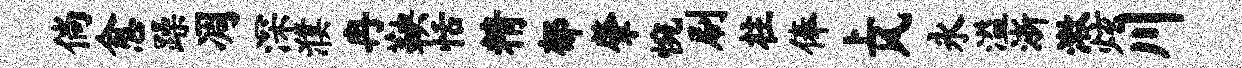
倘愈躁凋深濮冉鞅恬精郁肇惋刷柱俸上风永溢浙漱炫川